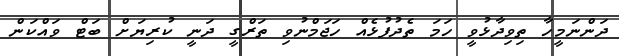
ދަންނަމީހާ ތިވިދާޅުވީ ހަމަ ތެދުފުޅެއް ހަޖަމްނުވި ތަރްގީ ދަނީ ކުރިޔަށް ބަޓް ވައްކަން